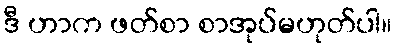
ဒီ ဟာက ဖတ်စာ စာအုပ်မဟုတ်ပါ။